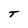
Character: T